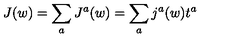
J ( w ) = \sum _ { a } J ^ { a } ( w ) = \sum _ { a } j ^ { a } ( w ) t ^ { a }